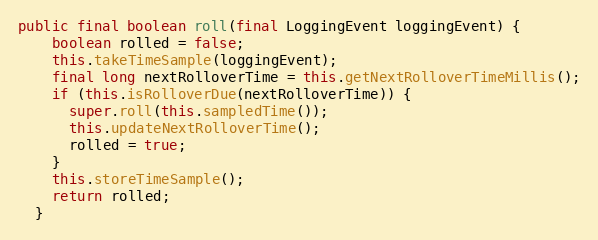
Language: Java
public final boolean roll(final LoggingEvent loggingEvent) {
    boolean rolled = false;
    this.takeTimeSample(loggingEvent);
    final long nextRolloverTime = this.getNextRolloverTimeMillis();
    if (this.isRolloverDue(nextRolloverTime)) {
      super.roll(this.sampledTime());
      this.updateNextRolloverTime();
      rolled = true;
    }
    this.storeTimeSample();
    return rolled;
  }